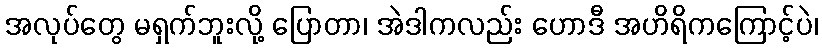
အလုပ်တွေ မရှက်ဘူးလို့ ပြောတာ၊ အဲဒါကလည်း ဟောဒီ အဟိရိကကြောင့်ပဲ၊